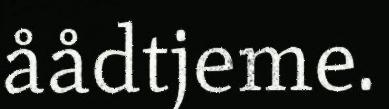
åådtjeme.